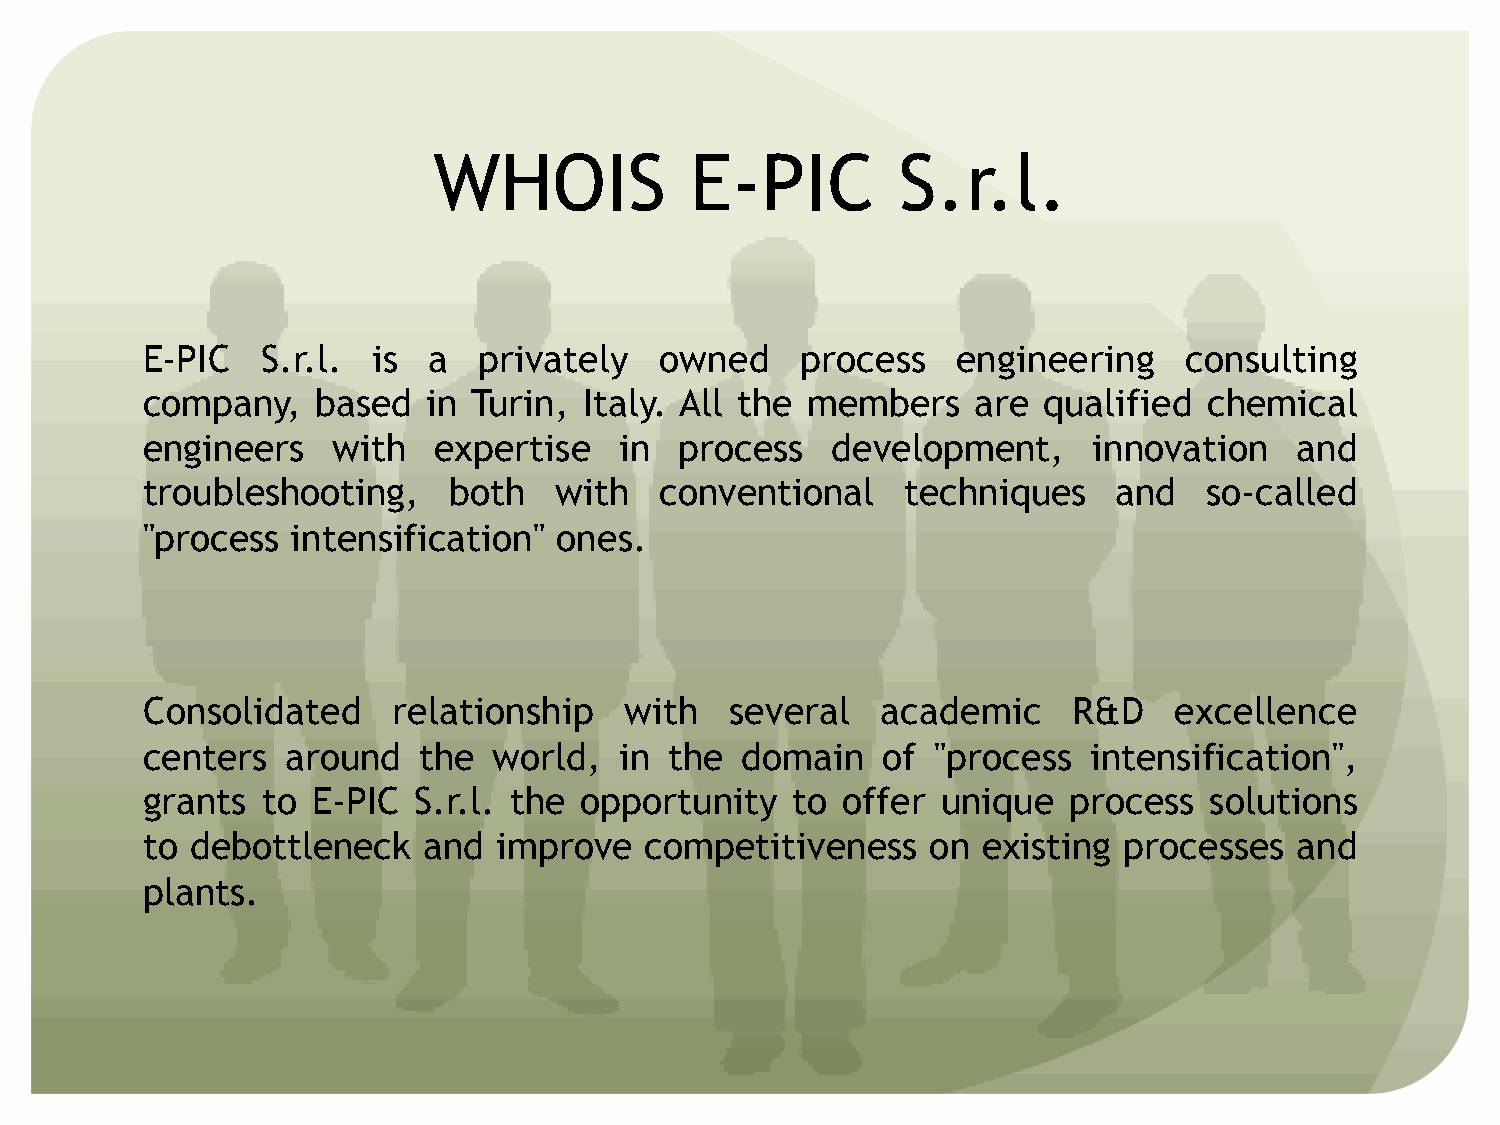
WHOIS            E-PIC        S.r.l.
 E-PIC   S.r.l.  is a   privately   owned    process   engineering    consulting
 company,    based  in Turin,  Italy. All the members    are qualified  chemical
 engineers    with   expertise   in  process   development,     innovation    and
 troubleshooting,     both   with   conventional    techniques    and   so-called
 "process  intensification"  ones.
 Consolidated     relationship   with   several   academic     R&D    excellence
 centers   around   the  world,  in the  domain   of  "process  intensification",
 grants  to  E-PIC S.r.l. the opportunity   to  offer unique   process  solutions
 to  debottleneck   and  improve   competitiveness    on existing processes   and
 plants.